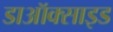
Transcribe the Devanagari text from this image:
डाऑक्साइड